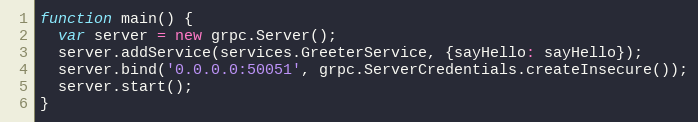
Language: JavaScript
function main() {
  var server = new grpc.Server();
  server.addService(services.GreeterService, {sayHello: sayHello});
  server.bind('0.0.0.0:50051', grpc.ServerCredentials.createInsecure());
  server.start();
}